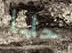
حلما